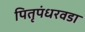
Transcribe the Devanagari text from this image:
पितृपंधरवडा